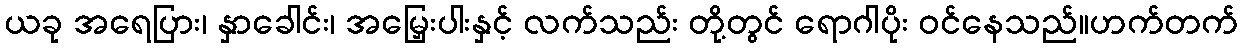
ယခု အရေပြား၊ နှာခေါင်း၊ အမြှေးပါးနှင့် လက်သည်း တို့တွင် ရောဂါပိုး ဝင်နေသည်။ဟက်တက်